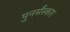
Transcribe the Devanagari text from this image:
पुनर्संस्कार